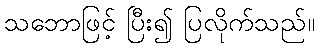
သဘောဖြင့် ပြီး၍ ပြလိုက်သည်။